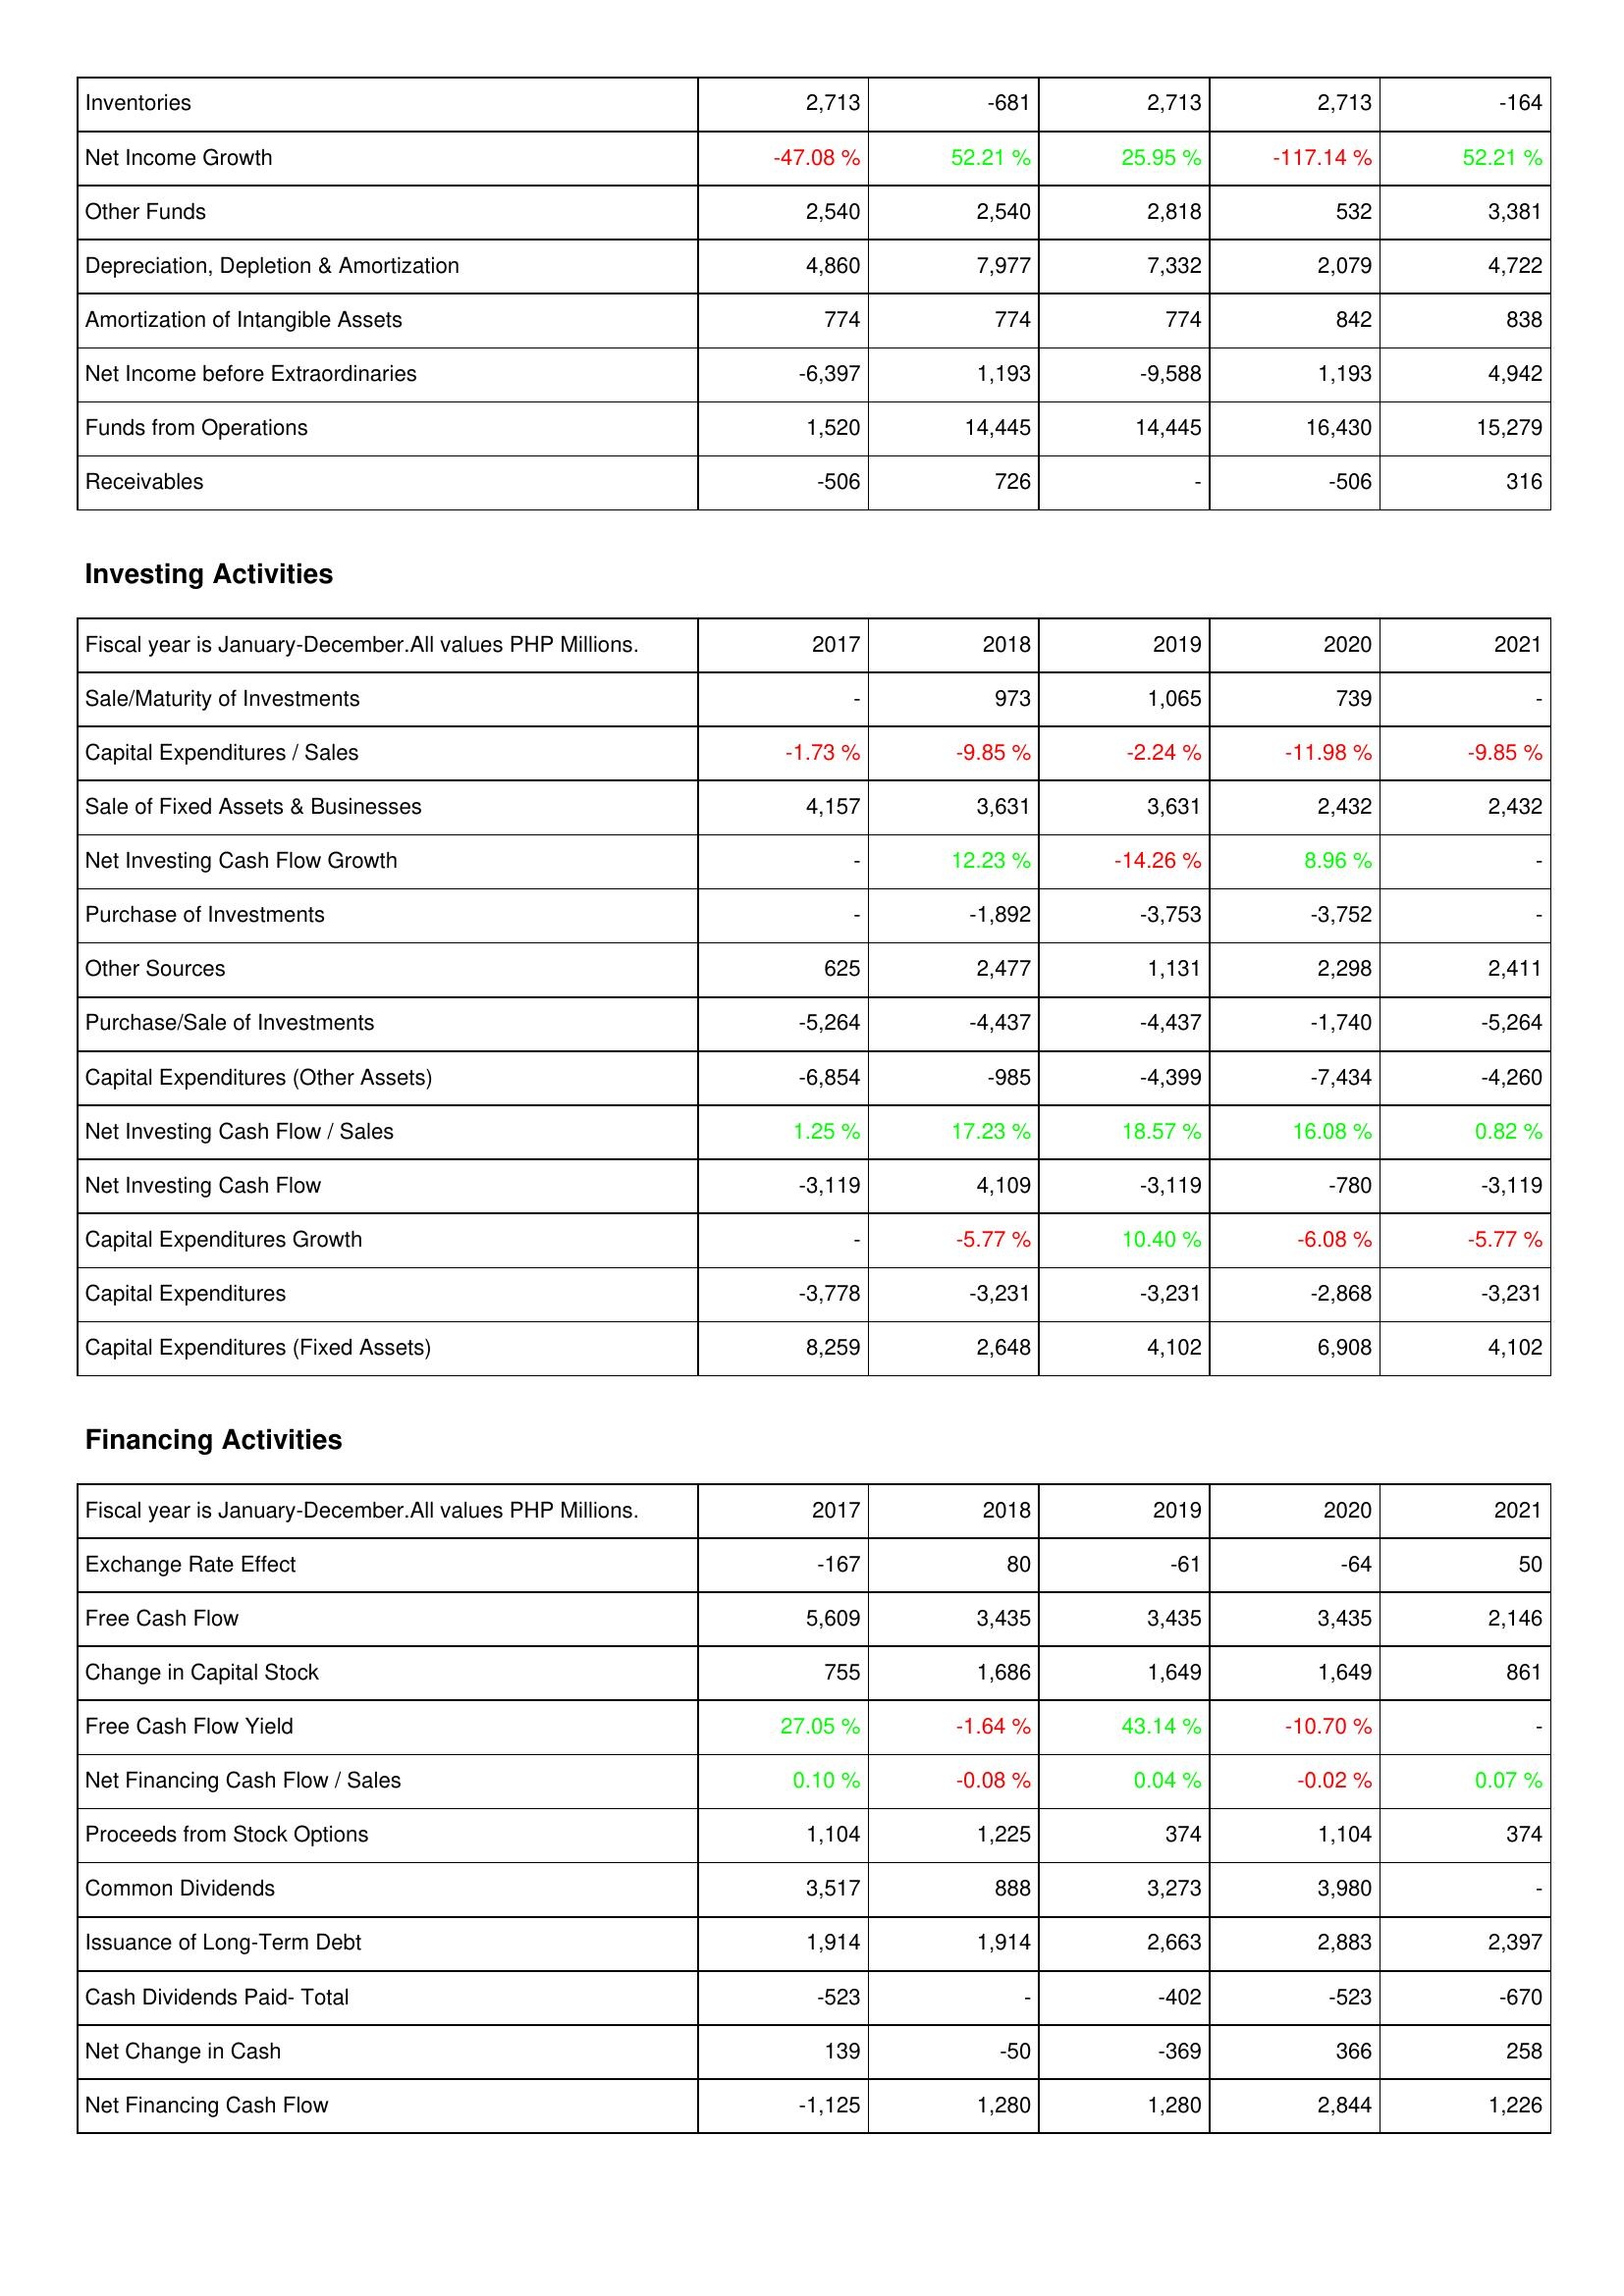
2017: Operating Activities: Inventories: 2,713
Net Income Growth: -47.08 %
Other Funds: 2,540
Depreciation, Depletion & Amortization: 4,860
Amortization of Intangible Assets: 774
Net Income before Extraordinaries: -6,397
Funds from Operations: 1,520
Receivables: -506
Investing Activities: Sale/Maturity of Investments: -
Capital Expenditures / Sales: -1.73 %
Sale of Fixed Assets & Businesses: 4,157
Net Investing Cash Flow Growth: -
Purchase of Investments: -
Other Sources: 625
Purchase/Sale of Investments: -5,264
Capital Expenditures (Other Assets): -6,854
Net Investing Cash Flow / Sales: 1.25 %
Net Investing Cash Flow: -3,119
Capital Expenditures Growth: -
Capital Expenditures: -3,778
Capital Expenditures (Fixed Assets): 8,259
Financing Activities: Exchange Rate Effect: -167
Free Cash Flow: 5,609
Change in Capital Stock: 755
Free Cash Flow Yield: 27.05 %
Net Financing Cash Flow / Sales: 0.10 %
Proceeds from Stock Options: 1,104
Common Dividends: 3,517
Issuance of Long-Term Debt: 1,914
Cash Dividends Paid- Total: -523
Net Change in Cash: 139
Net Financing Cash Flow: -1,125
2018: Operating Activities: Inventories: -681
Net Income Growth: 52.21 %
Other Funds: 2,540
Depreciation, Depletion & Amortization: 7,977
Amortization of Intangible Assets: 774
Net Income before Extraordinaries: 1,193
Funds from Operations: 14,445
Receivables: 726
Investing Activities: Sale/Maturity of Investments: 973
Capital Expenditures / Sales: -9.85 %
Sale of Fixed Assets & Businesses: 3,631
Net Investing Cash Flow Growth: 12.23 %
Purchase of Investments: -1,892
Other Sources: 2,477
Purchase/Sale of Investments: -4,437
Capital Expenditures (Other Assets): -985
Net Investing Cash Flow / Sales: 17.23 %
Net Investing Cash Flow: 4,109
Capital Expenditures Growth: -5.77 %
Capital Expenditures: -3,231
Capital Expenditures (Fixed Assets): 2,648
Financing Activities: Exchange Rate Effect: 80
Free Cash Flow: 3,435
Change in Capital Stock: 1,686
Free Cash Flow Yield: -1.64 %
Net Financing Cash Flow / Sales: -0.08 %
Proceeds from Stock Options: 1,225
Common Dividends: 888
Issuance of Long-Term Debt: 1,914
Cash Dividends Paid- Total: -
Net Change in Cash: -50
Net Financing Cash Flow: 1,280
2019: Operating Activities: Inventories: 2,713
Net Income Growth: 25.95 %
Other Funds: 2,818
Depreciation, Depletion & Amortization: 7,332
Amortization of Intangible Assets: 774
Net Income before Extraordinaries: -9,588
Funds from Operations: 14,445
Receivables: -
Investing Activities: Sale/Maturity of Investments: 1,065
Capital Expenditures / Sales: -2.24 %
Sale of Fixed Assets & Businesses: 3,631
Net Investing Cash Flow Growth: -14.26 %
Purchase of Investments: -3,753
Other Sources: 1,131
Purchase/Sale of Investments: -4,437
Capital Expenditures (Other Assets): -4,399
Net Investing Cash Flow / Sales: 18.57 %
Net Investing Cash Flow: -3,119
Capital Expenditures Growth: 10.40 %
Capital Expenditures: -3,231
Capital Expenditures (Fixed Assets): 4,102
Financing Activities: Exchange Rate Effect: -61
Free Cash Flow: 3,435
Change in Capital Stock: 1,649
Free Cash Flow Yield: 43.14 %
Net Financing Cash Flow / Sales: 0.04 %
Proceeds from Stock Options: 374
Common Dividends: 3,273
Issuance of Long-Term Debt: 2,663
Cash Dividends Paid- Total: -402
Net Change in Cash: -369
Net Financing Cash Flow: 1,280
2020: Operating Activities: Inventories: 2,713
Net Income Growth: -117.14 %
Other Funds: 532
Depreciation, Depletion & Amortization: 2,079
Amortization of Intangible Assets: 842
Net Income before Extraordinaries: 1,193
Funds from Operations: 16,430
Receivables: -506
Investing Activities: Sale/Maturity of Investments: 739
Capital Expenditures / Sales: -11.98 %
Sale of Fixed Assets & Businesses: 2,432
Net Investing Cash Flow Growth: 8.96 %
Purchase of Investments: -3,752
Other Sources: 2,298
Purchase/Sale of Investments: -1,740
Capital Expenditures (Other Assets): -7,434
Net Investing Cash Flow / Sales: 16.08 %
Net Investing Cash Flow: -780
Capital Expenditures Growth: -6.08 %
Capital Expenditures: -2,868
Capital Expenditures (Fixed Assets): 6,908
Financing Activities: Exchange Rate Effect: -64
Free Cash Flow: 3,435
Change in Capital Stock: 1,649
Free Cash Flow Yield: -10.70 %
Net Financing Cash Flow / Sales: -0.02 %
Proceeds from Stock Options: 1,104
Common Dividends: 3,980
Issuance of Long-Term Debt: 2,883
Cash Dividends Paid- Total: -523
Net Change in Cash: 366
Net Financing Cash Flow: 2,844
2021: Operating Activities: Inventories: -164
Net Income Growth: 52.21 %
Other Funds: 3,381
Depreciation, Depletion & Amortization: 4,722
Amortization of Intangible Assets: 838
Net Income before Extraordinaries: 4,942
Funds from Operations: 15,279
Receivables: 316
Investing Activities: Sale/Maturity of Investments: -
Capital Expenditures / Sales: -9.85 %
Sale of Fixed Assets & Businesses: 2,432
Net Investing Cash Flow Growth: -
Purchase of Investments: -
Other Sources: 2,411
Purchase/Sale of Investments: -5,264
Capital Expenditures (Other Assets): -4,260
Net Investing Cash Flow / Sales: 0.82 %
Net Investing Cash Flow: -3,119
Capital Expenditures Growth: -5.77 %
Capital Expenditures: -3,231
Capital Expenditures (Fixed Assets): 4,102
Financing Activities: Exchange Rate Effect: 50
Free Cash Flow: 2,146
Change in Capital Stock: 861
Free Cash Flow Yield: -
Net Financing Cash Flow / Sales: 0.07 %
Proceeds from Stock Options: 374
Common Dividends: -
Issuance of Long-Term Debt: 2,397
Cash Dividends Paid- Total: -670
Net Change in Cash: 258
Net Financing Cash Flow: 1,226